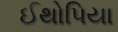
ઈથોપિયા